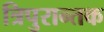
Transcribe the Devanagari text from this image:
त्रिपुरान्तक